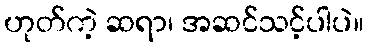
ဟုတ်ကဲ့ ဆရာ၊ အဆင်သင့်ပါပဲ။